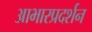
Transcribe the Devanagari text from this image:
आभारप्रदर्शन